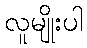
လူမျိုးပါ